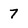
Character: 7